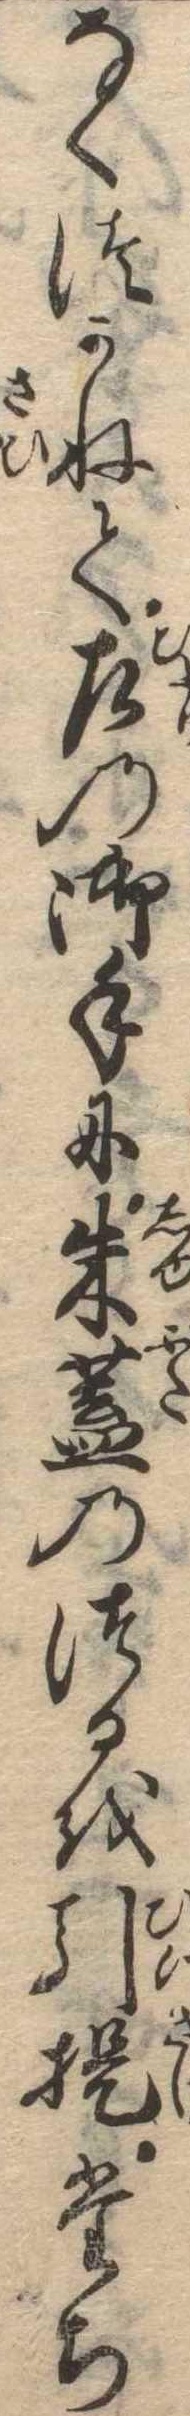
なくつかねて左の御手に朱蓋のつるを引提たち